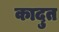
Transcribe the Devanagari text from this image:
कादुत